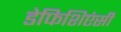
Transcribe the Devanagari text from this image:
डेफिशिएंसी